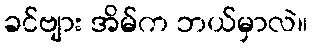
ခင်ဗျား အိမ်က ဘယ်မှာလဲ။